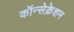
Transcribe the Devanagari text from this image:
कॉन्सेक्रेशन